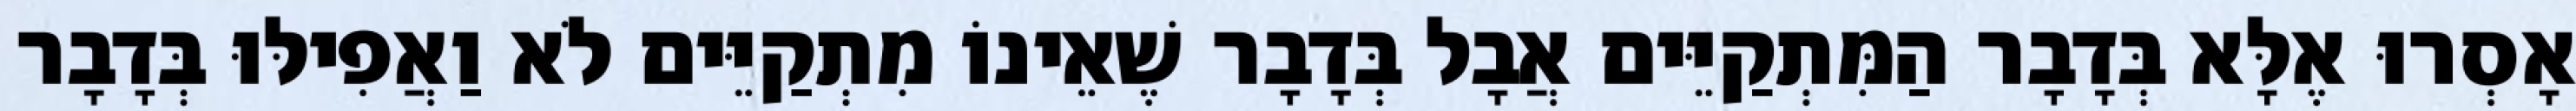
אָסְרוּ אֶלָּא בְּדָבָר הַמִּתְקַיֵּים אֲבָל בְּדָבָר שֶׁאֵינוֹ מִתְקַיֵּים לֹא וַאֲפִילּוּ בְּדָבָר